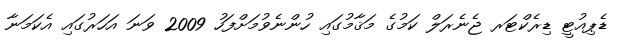
ޑެޕިއުޓީ ޑިރެކްޓަރ ޖެނެރަލް ކަމުގެ މަޤާމުގައި ހުންނެވުމަށްފަހު 2009 ވަނަ އަހަރުގައި އެކަމަނާ